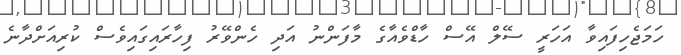
ހަަމަޖެހިފައިވާ އަހަރީ ސޭލް އޭސް ހާޑްވެއާގެ މާފަންނު އަދި ހެންވޭރު ފިހާރައިގައިވެސް ކުރިއަށްދާނެ